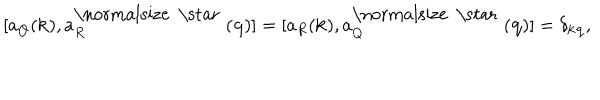
[ a _ { Q } ( { \bf k } ) , a _ { R } ^ { \mathrm { \normalsize ~ \star ~ } } ( { \bf q } ) ] = [ a _ { R } ( { \bf k } ) , a _ { Q } ^ { \mathrm { \normalsize ~ \star ~ } } ( { \bf q } ) ] = \delta _ { \bf k q } ,